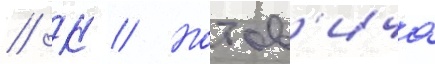
// К // Нотов'ича